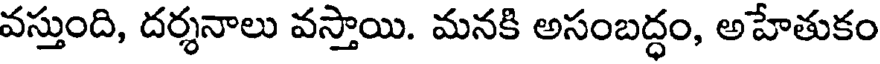
వస్తుంది, దర్శనాలు వస్తాయి. మనకి అసంబద్ధం, అహేతుకం